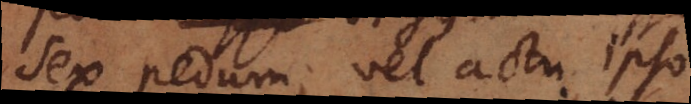
sex pedum; vel actu ipso